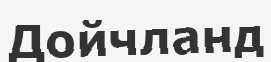
Дойчланд